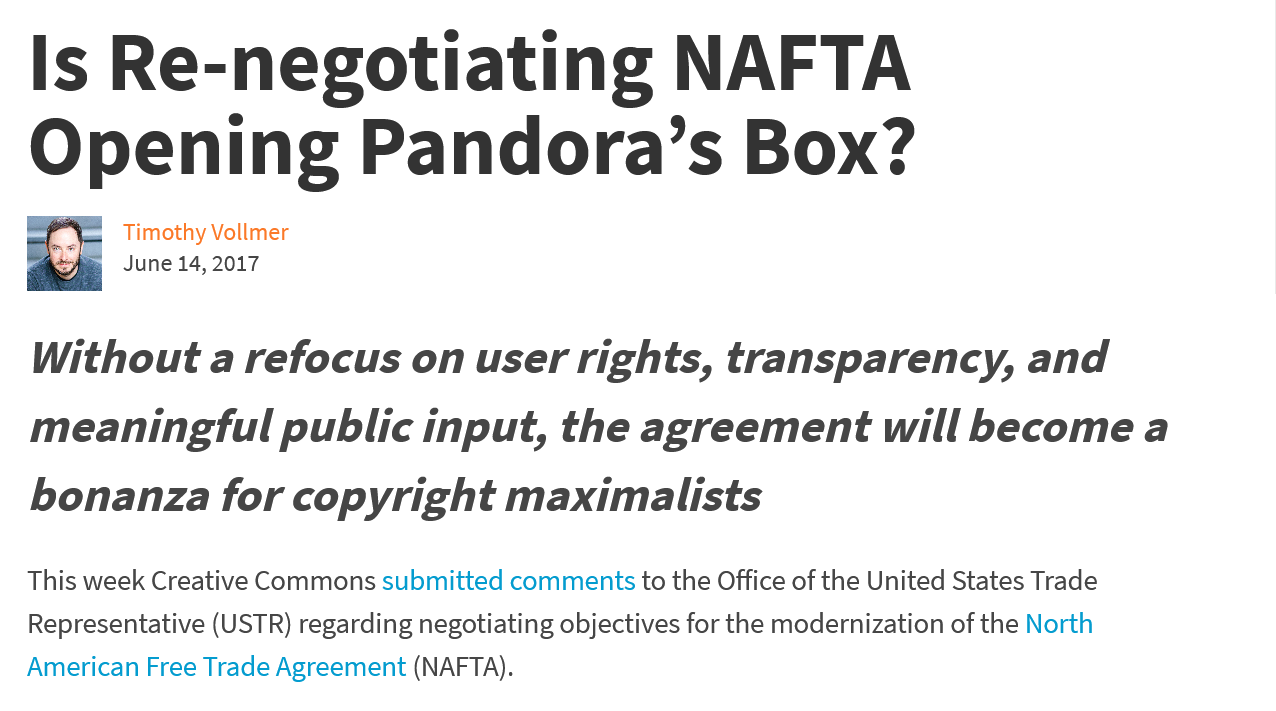
Is    Re-negotiating    NAFTA
   Opening    Pandora’s    Box?
   Without    a    refocus    on   user rights,    transparency,    and
   meaningful    public    input,    the   agreement    will    become    a
   bonanza    for  copyright    maximalists
   This week Creative Commons submitted comments to the Office of the United States Trade
   Representative (USTR) regarding negotiating objectives for the modernization of the North
   American Free Trade Agreement (NAFTA).
     Timothy Vollmer
     June 14, 2017